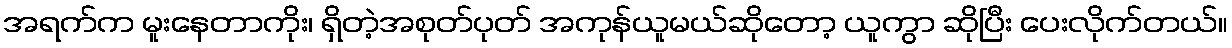
အရက်က မူးနေတာကိုး၊ ရှိတဲ့အစုတ်ပုတ် အကုန်ယူမယ်ဆိုတော့ ယူကွာ ဆိုပြီး ပေးလိုက်တယ်။